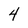
Character: 4